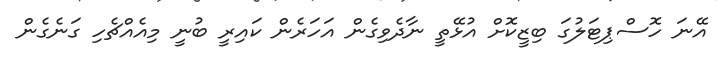
އޭނަ ހޮސްޕިޓަލުގަ ބިޒީކޮށް އުޅޭތީ ނާދެވިގެން އަހަރެން ކައިރީ ބުނީ މިއެއްޗެހި ގަނެގެން